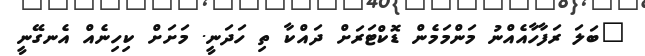
"ބަލަ ރަފާހާއެއްނު މަންމަމެން ޑޮކްޓަރަށް ދައްކާ ތި ހަދަނީ. މަށަށް ކިހިނެއް އެނގޭނީ